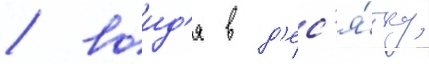
/ воид'я в д'ес'я́тку